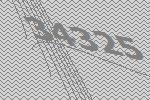
34325